Annual report on the mental hospital in the Central Provinces and Berar (Nagpur) - 1927-1951
Year: 1927
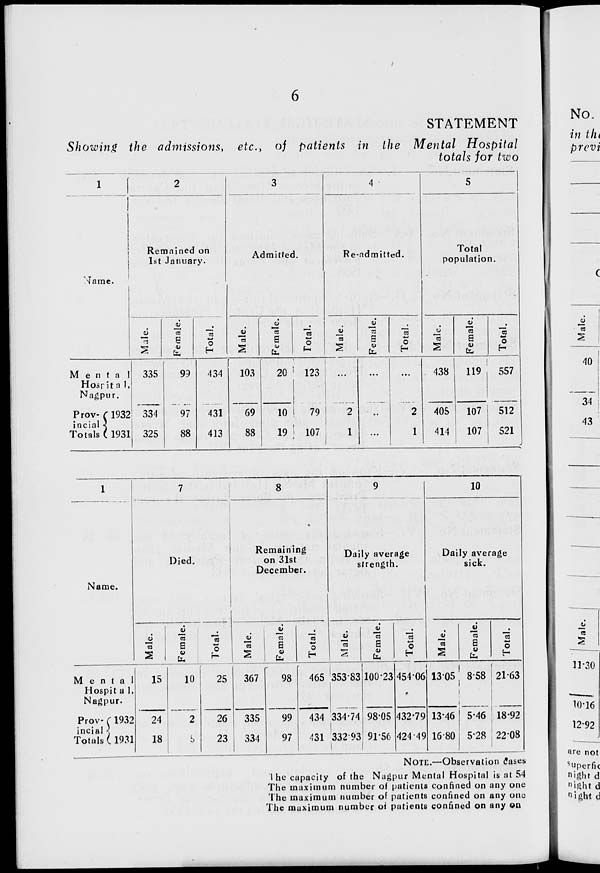
6
STATEMENT
Showing the admissions, etc., of patients in the Mental Hospital
totals for two
1
Name.
Mental
Hospital,
Nagpur.
Prov-
incial
Totals
1932
1931
2
Remained on
1st January.
Male.
335
334
325
Female.
99
97
88
Total.
434
431
413
3
Admitted.
Male.
103
69
88
Female.
20
10
19
Total.
123
79
107
4
Re-admitted.
Male.
...
2
1
Female.
...
...
...
Total.
...
2
1
5
Total
population.
Male.
438
405
414
Female.
119
107
107
Total.
557
512
521
1
Name.
Mental
Hospital,
Nagpur.
Prov-
incial -
Totals
1932
1931
7
Died.
Male.
15
24
18
Female.
10
2
5
Total.
25
26
23
8
Remaining
on 31st
December.
Male.
367
335
334
Female.
98
99
97
Total.
465
434
431
9
Daily average
strength.
Male.
353.83
334.74
332.93
Female.
100.23
98.05
91.56
Total.
454.06
432.79
424.49
10
Daily average
sick.
Male.
13.05
13.46
16.80
Female.
8.58
5.46
5.28
Total.
21.63
18.92
22.08
NOTE.—Observation cases
The capacity of the Nagpur Mental Hospital is at 54
The maximum number of patients confined on any one
The maximum number of patients confined on any one
The maximum number of patients confined on any on